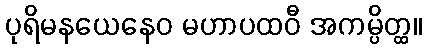
ပုရိမနယေနေဝ မဟာပထဝီ အကမ္ပိတ္ထ။